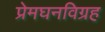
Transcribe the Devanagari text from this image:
प्रेमघनविग्रह